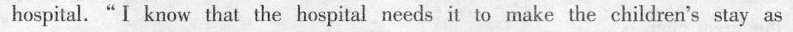
hospital."Ⅰ know that the hospital needs it to make the chidren's stay as